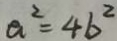
a ^ { 2 } = 4 b ^ { 2 }